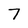
Character: 7